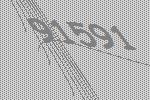
91591